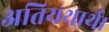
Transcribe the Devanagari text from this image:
अतियथार्थ।